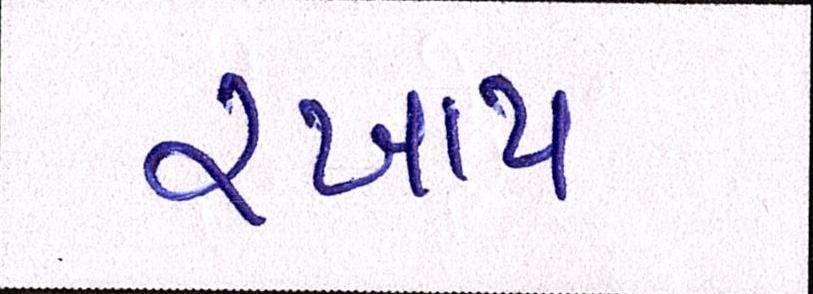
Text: રખાય